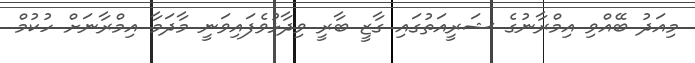
މިއަދު ބޭއްވި އިމްރާނުގެ ޝަރީއަތުގައި ގާޒީ ބާރީ ވިދާޅުވެފައިވަނީ މާދަމާ އިމްރާނަށް ހުކުމް